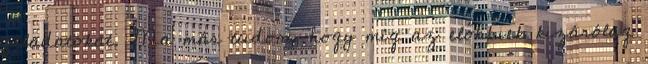
feladatokat. Ma már tudom, hogy míg az előbbiek kizárólag